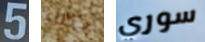
5 خطاء سوري